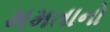
મમતાનો